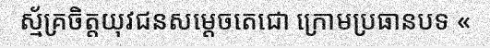
ស្ម័គ្រចិត្តយុវជនសម្តេចតេជោ ក្រោមប្រធានបទ «